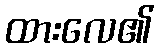
ထားလေ၏